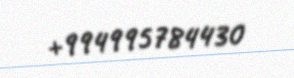
+994995784430